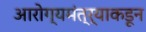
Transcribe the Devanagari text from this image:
आरोग्यमंत्र्याकडून